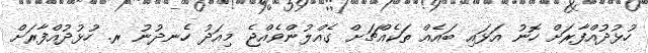
ހުޅުދުއްފާރަށް ހޮނު އަޅައި ބައެއް ތަކެއްޗަށް ގެއްލުންވެއްޖެ މިއަދު ހެނދުނު ރ. ހުޅުދުއްފާރަށް